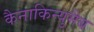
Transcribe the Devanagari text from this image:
कैनाकिन्युमैब